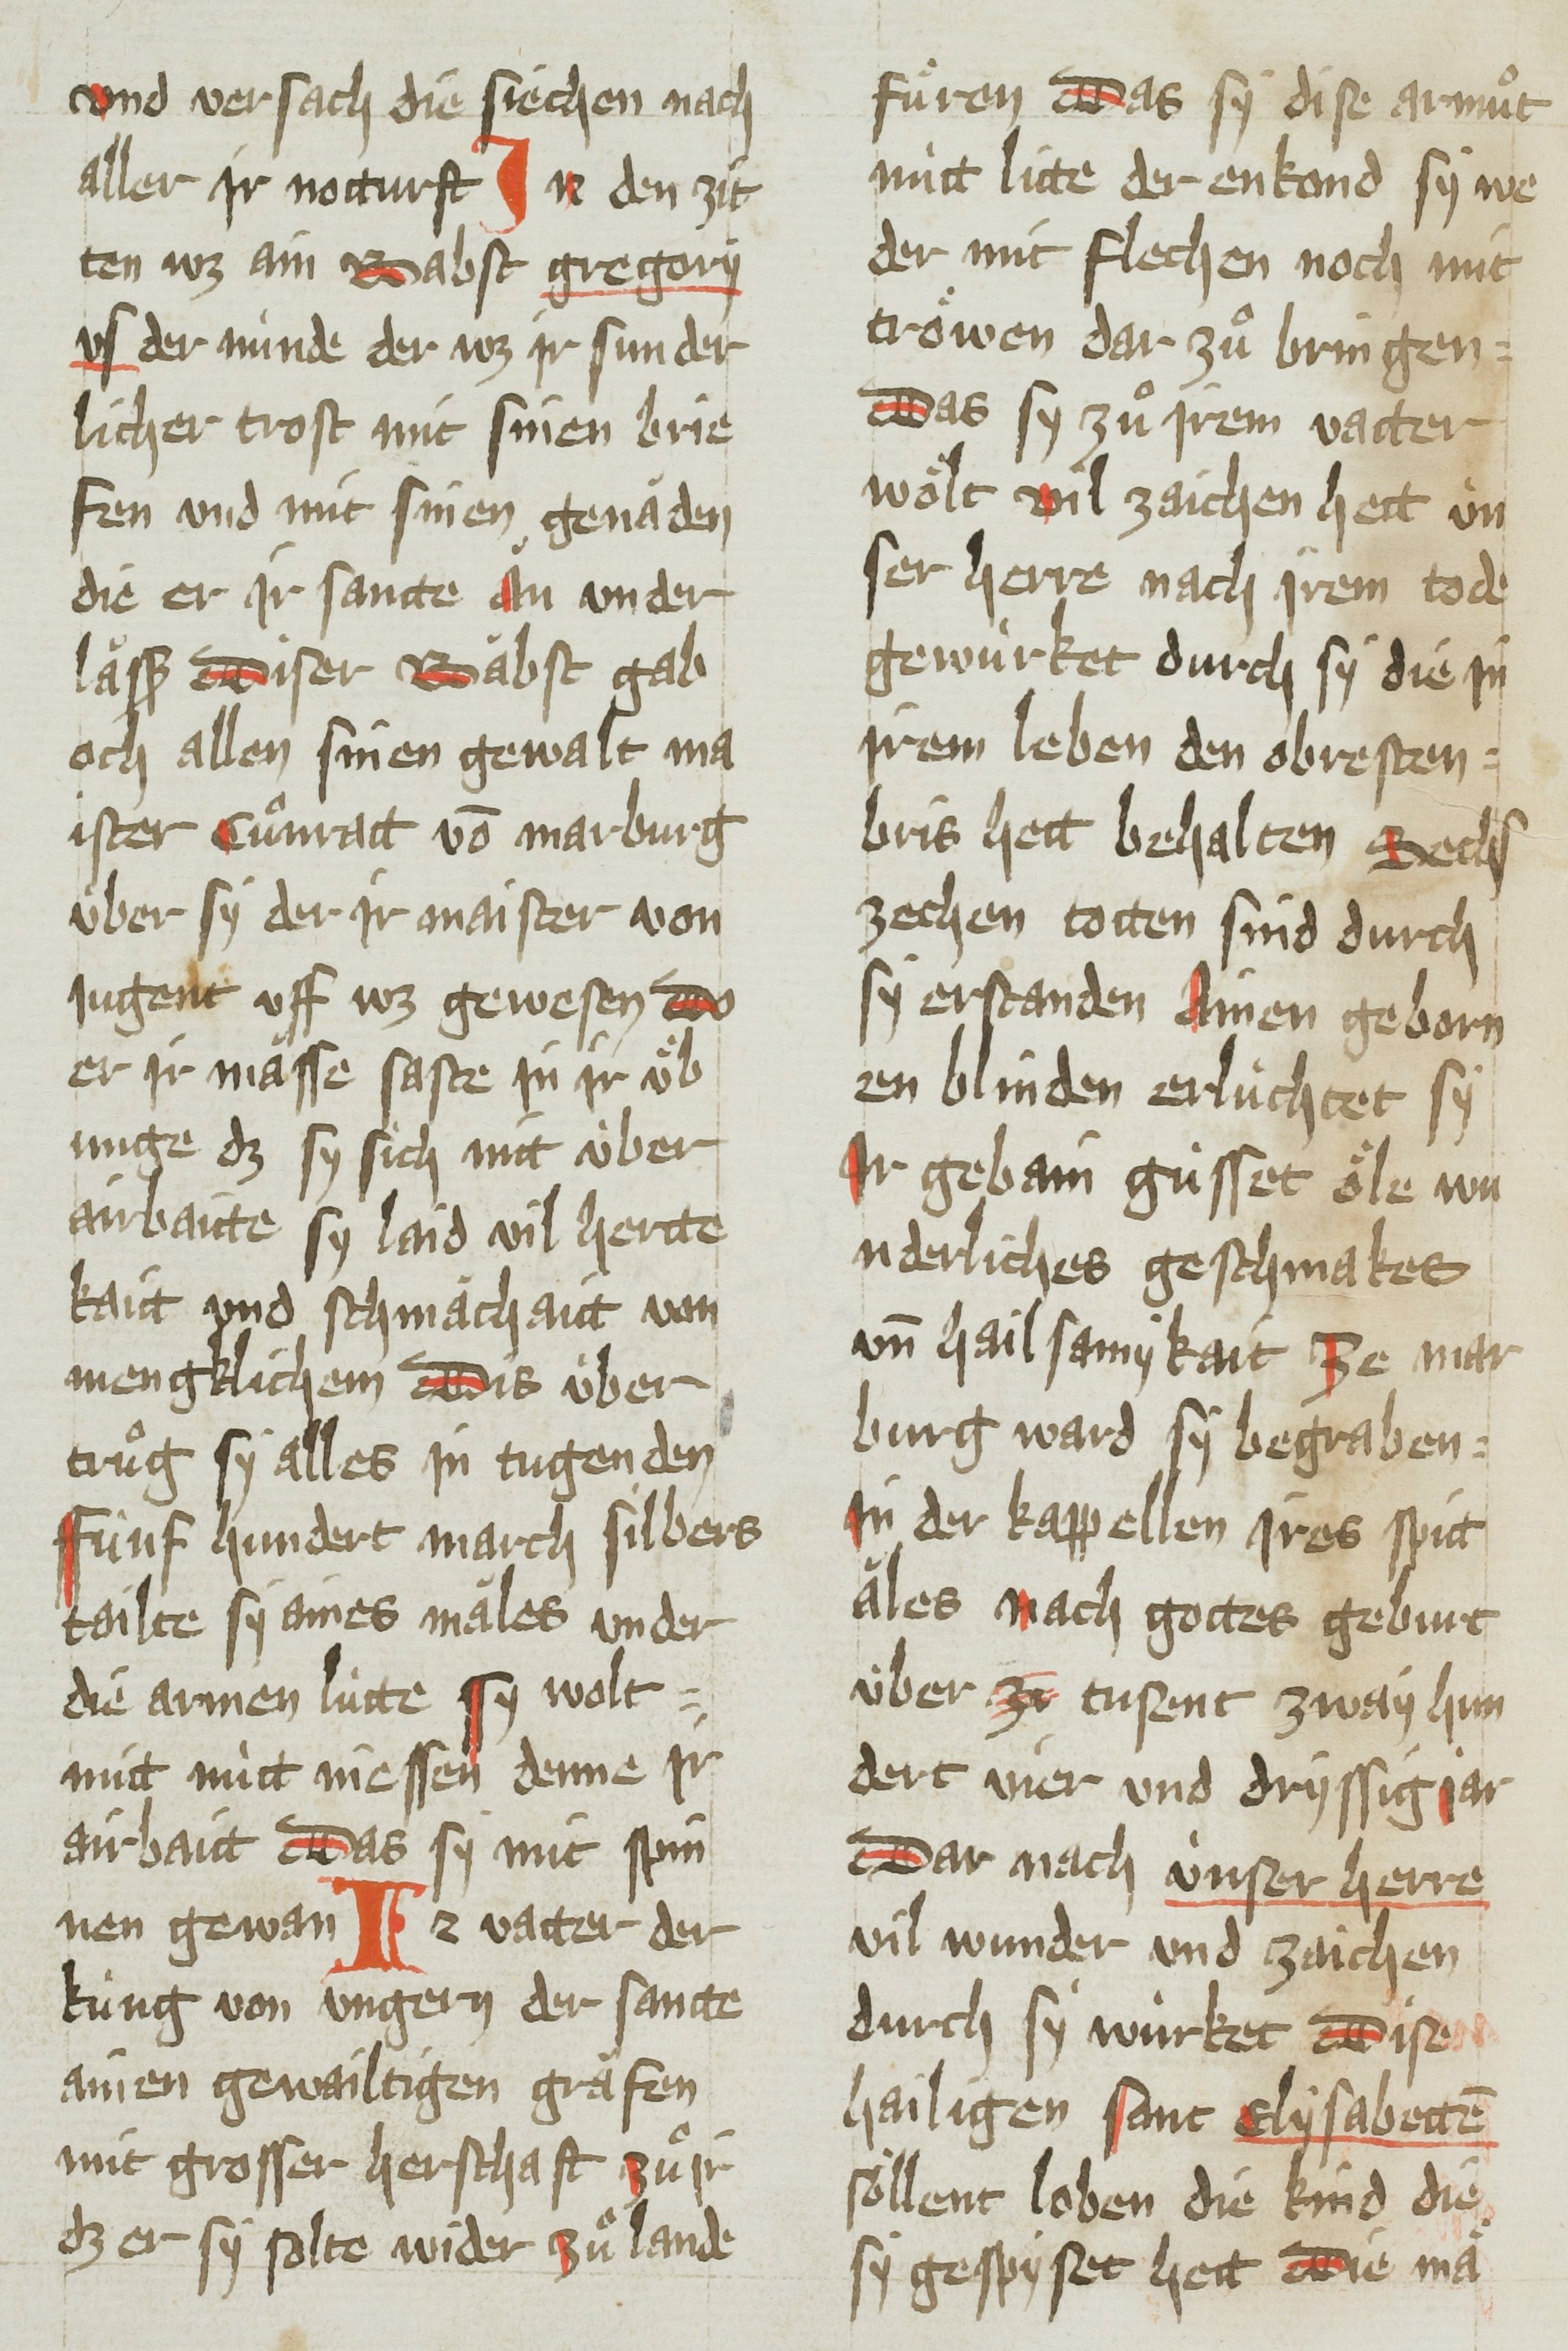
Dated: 1451–1460